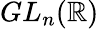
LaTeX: GL_{n}(\mathbb{R})